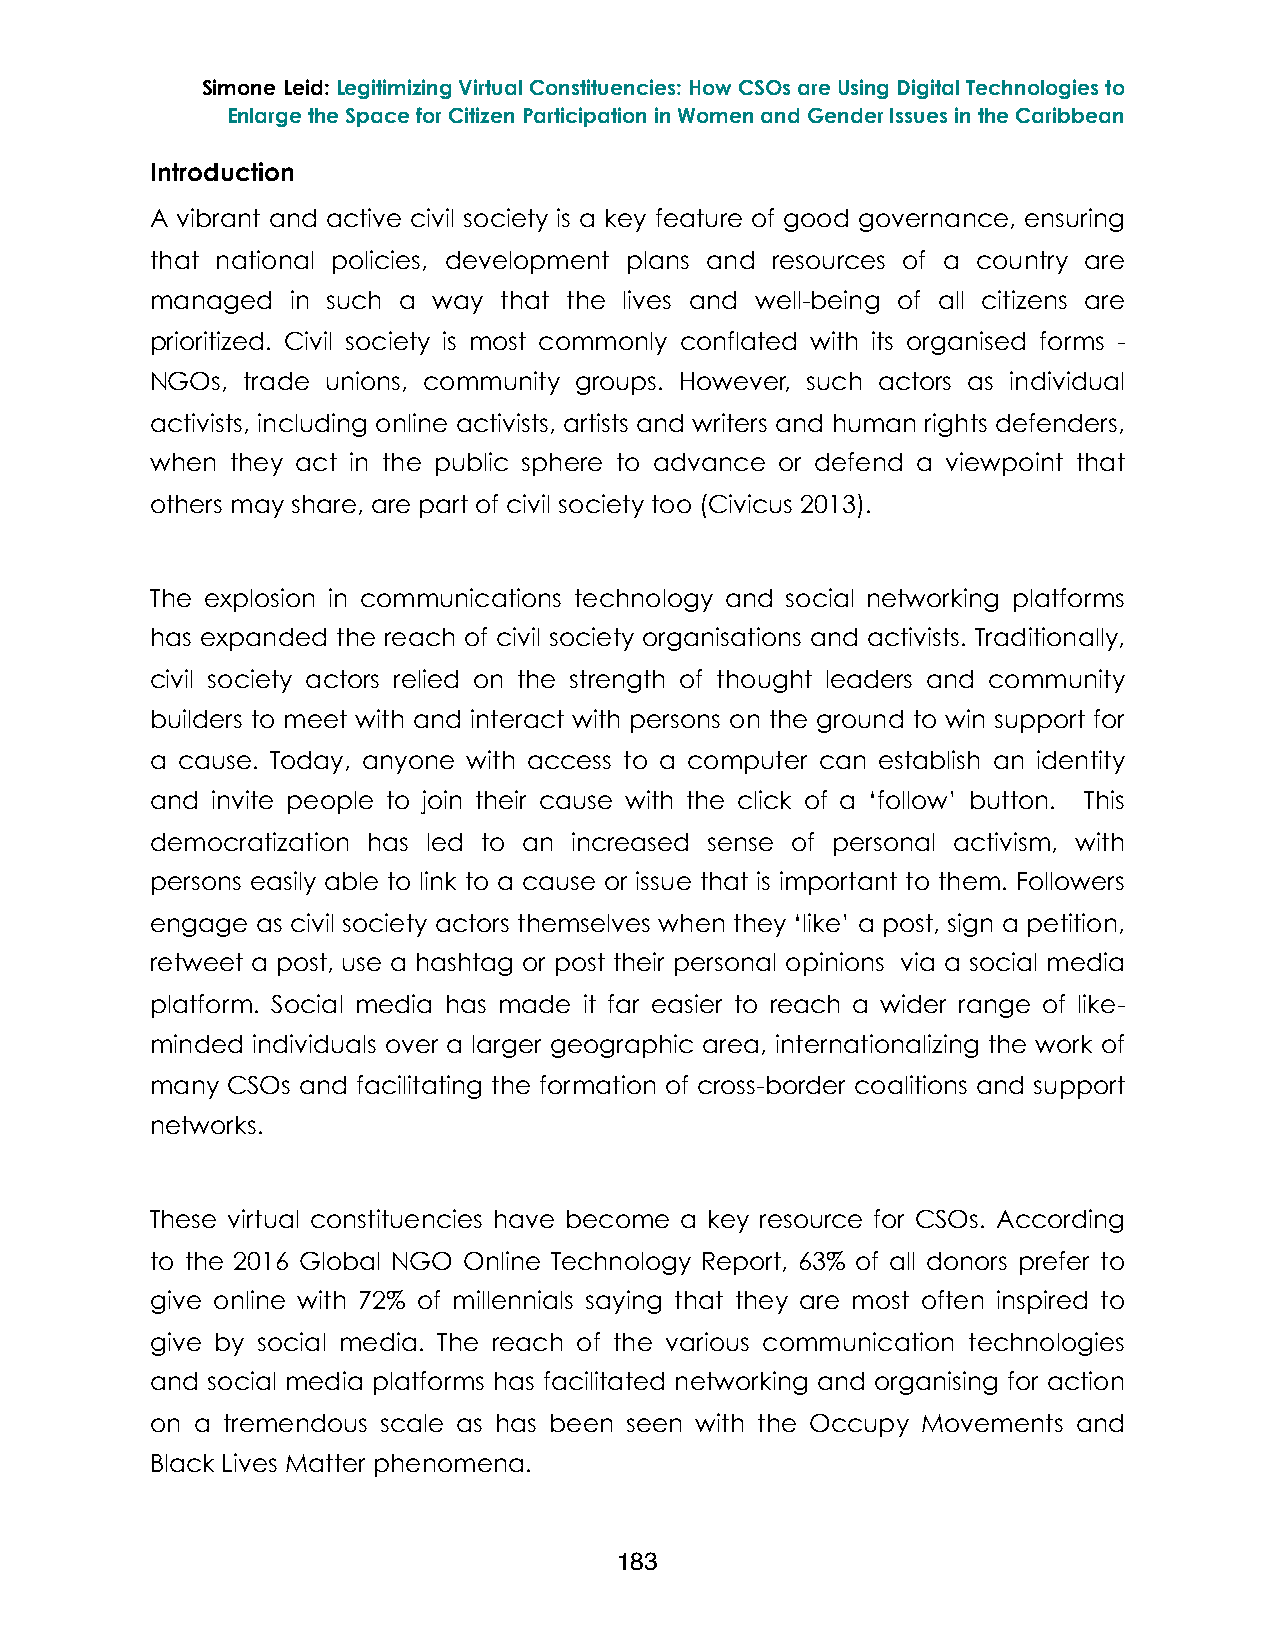
Simone Leid: Legitimizing Virtual Constituencies: How CSOs are Using Digital Technologies to
 Enlarge the Space for Citizen Participation in Women and Gender Issues in the Caribbean
 Introduction
 A vibrant and active civil society is a key feature of good governance, ensuring
 that national policies, development plans and resources of a country are
 managed  in such a way that the lives and well-being of all citizens are
 prioritized. Civil society is most commonly conflated with its organised forms -
 NGOs, trade unions, community groups. However, such actors as individual
 activists, including online activists, artists and writers and human rights defenders,
 when they act in the public sphere to advance or defend a viewpoint that
 others may share, are part of civil society too (Civicus 2013).
 The explosion in communications technology and social networking platforms
 has expanded the reach of civil society organisations and activists. Traditionally,
 civil society actors relied on the strength of thought leaders and community
 builders to meet with and interact with persons on the ground to win support for
 a cause. Today, anyone with access to a computer can establish an identity
 and invite people to join their cause with the click of a ‘follow’ button. This
 democratization has led to an increased sense of personal activism, with
 persons easily able to link to a cause or issue that is important to them. Followers
 engage as civil society actors themselves when they ‘like’ a post, sign a petition,
 retweet a post, use a hashtag or post their personal opinions via a social media
 platform. Social media has made it far easier to reach a wider range of like-
 minded individuals over a larger geographic area, internationalizing the work of
 many CSOs and facilitating the formation of cross-border coalitions and support
 networks.
 These virtual constituencies have become a key resource for CSOs. According
 to the 2016 Global NGO Online Technology Report, 63% of all donors prefer to
 give online with 72% of millennials saying that they are most often inspired to
 give by social media. The reach of the various communication technologies
 and social media platforms has facilitated networking and organising for action
 on a tremendous scale as has been seen with the Occupy Movements and
 Black Lives Matter phenomena.
 183